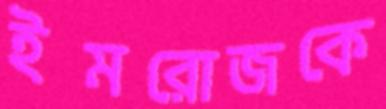
ইমরোজকে